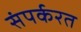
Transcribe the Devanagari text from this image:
संपर्करत